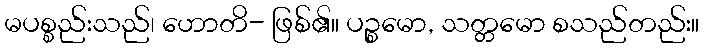
မပစ္စည်းသည်၊ ဟောတိ- ဖြစ်၏။ ပဉ္စမော, သတ္တမော စသည်တည်း။